Civil Veterinary Dept. North-West Frontier Province 1933-46 - 1933-1946
Year: 1933
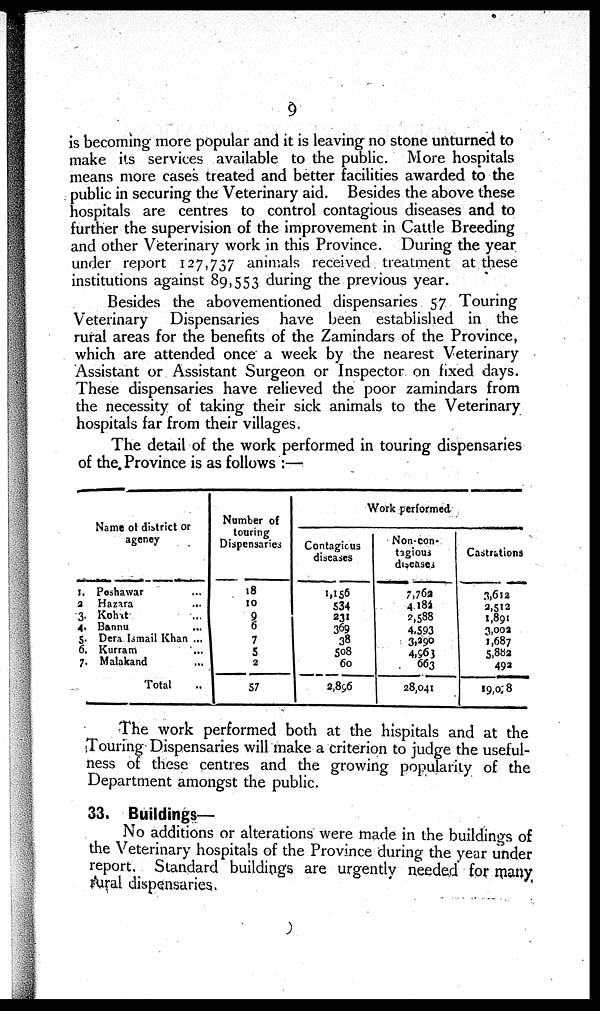
9
is becoming more popular and it is leaving no stone unturned to
make its services available to the public. More hospitals
means more cases treated and better facilities awarded to the
public in securing the Veterinary aid. Besides the above these
hospitals are centres to control contagious diseases and to
further the supervision of the improvement in Cattle Breeding
and other Veterinary work in this Province. During the year
under report 127,737 animals received treatment at these
institutions against 89,553 during the previous year.
Besides the abovementioned dispensaries 57 Touring
Veterinary Dispensaries have been established in the
rural areas for the benefits of the Zamindars of the Province,
which are attended once a week by the nearest Veterinary
Assistant or Assistant Surgeon or Inspector on fixed days.
These dispensaries have relieved the poor zamindars from
the necessity of taking their sick animals to the Veterinary
hospitals far from their villages.
The detail of the work performed in touring dispensaries
of the Province is as follows :—
Name of district or
agency
1. Peshawar ...
2 Hazara ...
3. Kohat ...
4. Bannu ...
5. Dera Ismail Khan ...
6. Kurram ...
7. Malakand ...
Total ..
Number of
touring
Dispensaries
18
10
9
6
7
5
2
57
Work performed
Contagious
diseases
1,156
534
231
369
38
508
60
2,896
Non-con-
tagious
diseases
7,762
4.182
2,588
4,593
3,290
4,963
663
28,041
Castrations
3,612
2,512
1,891
3,002
1,687
5,882
492
19,028
The work performed both at the hispitals and at the
Touring Dispensaries will make a criterion to judge the useful-
ness of these centres and the growing popularity of the
Department amongst the public.
33. Buildings-
No additions or alterations were made in the buildings of
the Veterinary hospitals of the Province during the year under
report. Standard buildings are urgently needed for many
rural dispensaries.